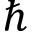
\hslash